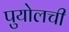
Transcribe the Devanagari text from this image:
पुयोलची